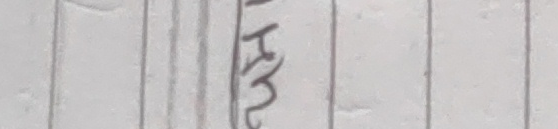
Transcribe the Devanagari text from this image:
हल्का